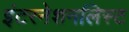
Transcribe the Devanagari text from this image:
इंटरनेशनलिस्ट